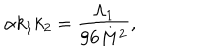
\alpha k _ { 1 } k _ { 2 } = \frac { \Lambda _ { 1 } } { 9 6 M ^ { 2 } } ,